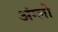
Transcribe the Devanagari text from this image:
अंग्लो